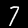
Digit: 7